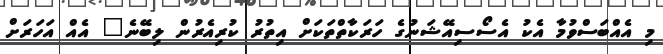
މި އެއްބަސްވުމާ އެކު އެސޯސިއޭޝަނުގެ ހަރަކާތްތަކަށް އިތުރު ކުރިއެރުން ލިބޭނެ" އެއް އަހަރަށް